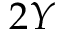
2 Y